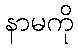
နာမကို